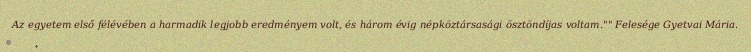
Az egyetem első félévében a harmadik legjobb eredményem volt, és három évig népköztársasági ösztöndíjas voltam."" Felesége Gyetvai Mária.